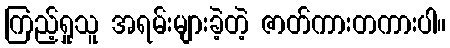
ကြည့်ရှုသူ အရမ်းများခဲ့တဲ့ ဇာတ်ကားတကားပါ။